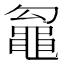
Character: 𮮢